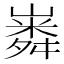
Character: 𡼵